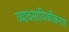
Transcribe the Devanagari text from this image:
व्यावसायिकीकरण